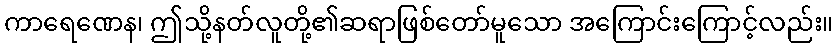
ကာရေဏေန၊ ဤသို့နတ်လူတို့၏ဆရာဖြစ်တော်မူသော အကြောင်းကြောင့်လည်း။